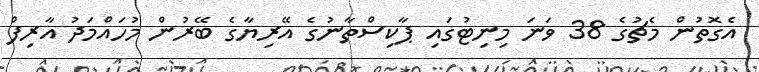
އެގޮތުން މެޗުގެ 38 ވަނަ މިނިޓުގައި ޕާކިސްތާނުގެ އޭރިޔާގެ ބޭރުން މުހައްމަދު އާރިފް